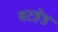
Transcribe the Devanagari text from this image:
बटहेड